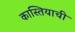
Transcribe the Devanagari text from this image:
कास्तियाची